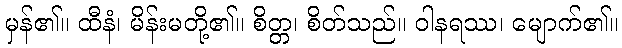
မှန်၏။ ထီနံ၊ မိန်းမတို့၏။ စိတ္တ၊ စိတ်သည်။ ဝါနရဿ၊ မျောက်၏။